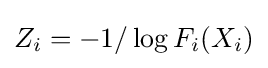
Z_{i}=-1/\log F_{i}(X_{i})